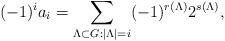
LaTeX: \begin{align*} (- 1)^i a_i = \sum_{\Lambda \subset G : | \Lambda | = i} (- 1)^{r (\Lambda)} 2^{s (\Lambda)},\end{align*}